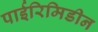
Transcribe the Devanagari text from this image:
पाईरिमिडीन